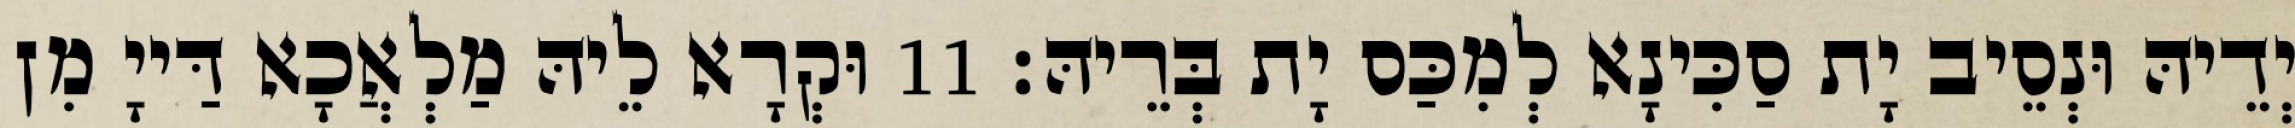
יְדֵיהּ וּנְסֵיב יָת סַכִּינָא לְמִכַּס יָת בְּרֵיהּ׃ 11 וּקְרָא לֵיהּ מַלְאֲכָא דַּייָ מִן